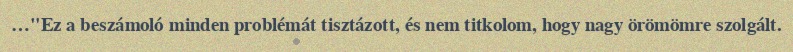
…"Ez a beszámoló minden problémát tisztázott, és nem titkolom, hogy nagy örömömre szolgált.